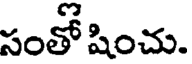
సంతో షించు.